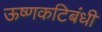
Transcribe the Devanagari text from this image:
ऊष्णकटिबंधी